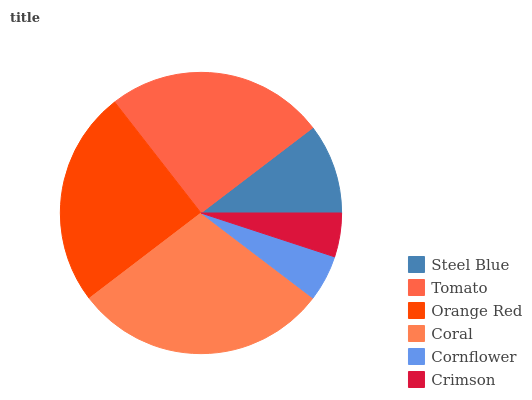
| Steel Blue | Tomato | Orange Red | Coral | Cornflower | Crimson |
 | --- | --- | --- | --- | --- | --- |
 | 10.4% | 25.2% | 24.8% | 29.3% | 5.3% | 5.05% |